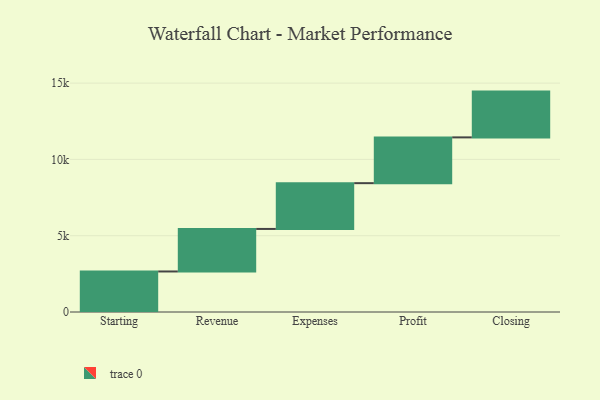
{"axis": {"x": "Step", "y": "Value"}, "legend": [""], "data": [{"x": "Starting", "y": 2656.0, "type": ""}, {"x": "Revenue", "y": 2787.0, "type": ""}, {"x": "Expenses", "y": 3000, "type": ""}, {"x": "Profit", "y": 3000, "type": ""}, {"x": "Closing", "y": 3000, "type": ""}]}